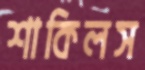
শাকিলস